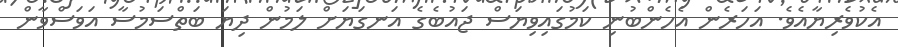
އެކުވެރިޔާއެވެ. އަހަރެން އެހެންބުނި ކަމުގައިވިޔަސް ޖައުބެގެ އަނގަޔަށް ލަމުން ދިޔަ ބަތްސަމުސާ އަވަސްވާން